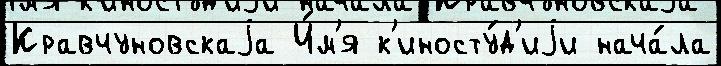
Кравчуновскаjа И́м'я к'иносту́д'иjи нача́ла